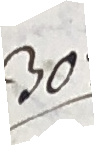
30